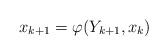
LaTeX: \begin{align*}x_{k+1}=\varphi(Y_{k+1},x_k)\end{align*}